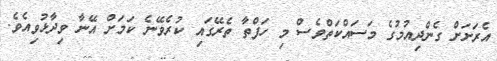
އެރަށަށް ގެންދިއުމުގެ މަސައްކަތްވެސް މި ހަފްތާ ތެރޭގައި ކުރެވޭނެ ކަމަށް އޭނާ ވިދާޅުވިއެވެ.